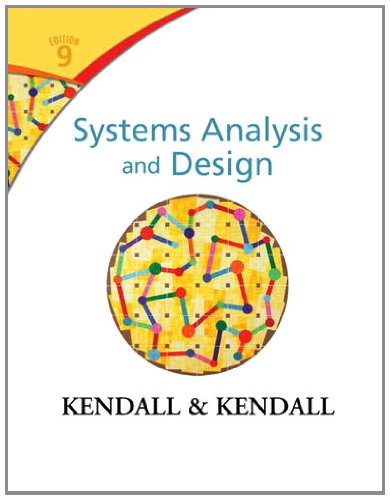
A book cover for Systems Analysis and Design (9th Edition); Kenneth E. Kendall; Computers & Technology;